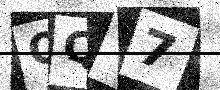
Text: OQV7